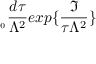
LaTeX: _ { _ { 0 } } \frac { d \tau } { \Lambda ^ { 2 } } e x p \{ \frac { \Im } { \tau \Lambda ^ { 2 } } \}